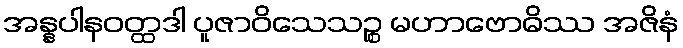
အန္နပါနဝတ္ထဒါ ပူဇာဝိသေသဉ္စ မဟာဗောဓိဿ အဇိနံ